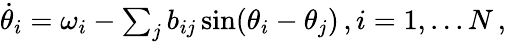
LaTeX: \begin{array}{r}{\dot{\theta}_{i}=\omega_{i}-\sum_{j}b_{ij}\sin(\theta_{i}-\theta_{j})\, ,i=1,...N\, ,}\end{array}